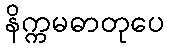
နိက္ကမဓာတုပေ